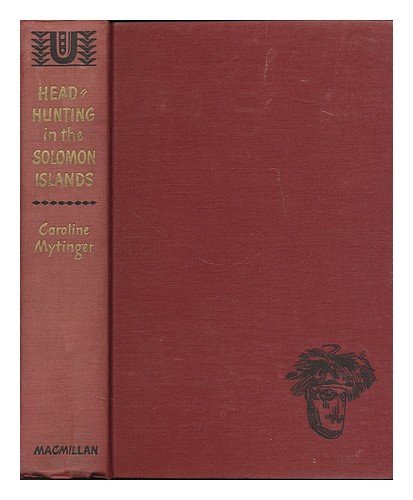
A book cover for Headhunting in the Solomon islands around the Coral sea; Caroline Mytinger; Travel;